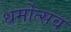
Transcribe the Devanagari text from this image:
धर्मोत्सव